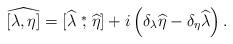
LaTeX: \begin{align*}\widehat{[\lambda,\eta]}=[\widehat\lambda\stackrel{*}{,}\widehat\eta]+i\left(\delta_\lambda\widehat\eta-\delta_\eta\widehat\lambda\right).\end{align*}